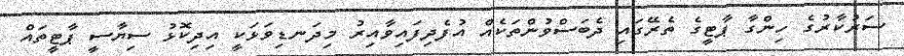
ސަރުކާރުގެ ހިންގާ ޕާޓީގެ ތެރޭގައި ދެބަސްވުންތަކެއް އުފެދިފައިވާއިރު މިދަނޑިވަޅަކީ އިދިކޮޅު ސިޔާސީ ޕާޓީތައް